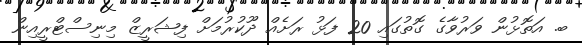
ބ. އަތޮޅުން ވަރުވާގެ ގޮތުގައި 20 ފަޅު ރަށެއް ދޫކުރުމަށް ފިޝަރީޒް މިނިސްޓްރީއިން